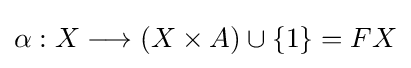
\alpha :X\longrightarrow (X\times A)\cup \{1\}=FX